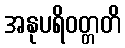
အနုပရိဝတ္တတိ